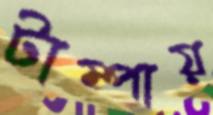
টাম্পায়